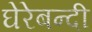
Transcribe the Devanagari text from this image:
घेरेबन्दी